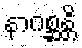
နာဂစ္ဆန္တိ